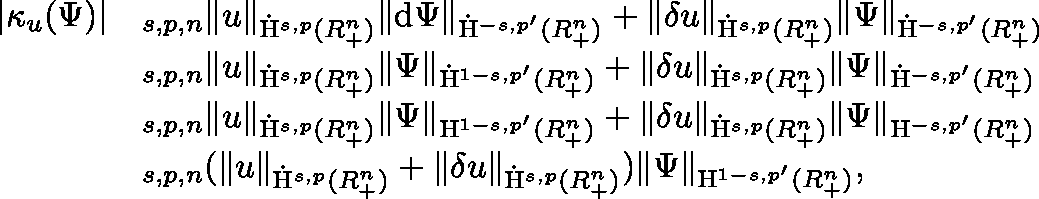
\begin{array} { r l } { \lvert \kappa _ { u } ( \Psi ) \rvert } & { \lesssim _ { s , p , n } \lVert u \rVert _ { \dot { \mathrm { H } } ^ { s , p } ( \mathbb { R } _ { + } ^ { n } ) } \lVert \mathrm { d } \Psi \rVert _ { \dot { \mathrm { H } } ^ { - s , p ^ { \prime } } ( \mathbb { R } _ { + } ^ { n } ) } + \lVert \mathbf { \delta } u \rVert _ { \dot { \mathrm { H } } ^ { s , p } ( \mathbb { R } _ { + } ^ { n } ) } \lVert \Psi \rVert _ { \dot { \mathrm { H } } ^ { - s , p ^ { \prime } } ( \mathbb { R } _ { + } ^ { n } ) } } \\ & { \lesssim _ { s , p , n } \lVert u \rVert _ { \dot { \mathrm { H } } ^ { s , p } ( \mathbb { R } _ { + } ^ { n } ) } \lVert \Psi \rVert _ { \dot { \mathrm { H } } ^ { 1 - s , p ^ { \prime } } ( \mathbb { R } _ { + } ^ { n } ) } + \lVert \mathbf { \delta } u \rVert _ { \dot { \mathrm { H } } ^ { s , p } ( \mathbb { R } _ { + } ^ { n } ) } \lVert \Psi \rVert _ { \dot { \mathrm { H } } ^ { - s , p ^ { \prime } } ( \mathbb { R } _ { + } ^ { n } ) } } \\ & { \lesssim _ { s , p , n } \lVert u \rVert _ { \dot { \mathrm { H } } ^ { s , p } ( \mathbb { R } _ { + } ^ { n } ) } \lVert \Psi \rVert _ { { \mathrm { H } } ^ { 1 - s , p ^ { \prime } } ( \mathbb { R } _ { + } ^ { n } ) } + \lVert \mathbf { \delta } u \rVert _ { \dot { \mathrm { H } } ^ { s , p } ( \mathbb { R } _ { + } ^ { n } ) } \lVert \Psi \rVert _ { { \mathrm { H } } ^ { - s , p ^ { \prime } } ( \mathbb { R } _ { + } ^ { n } ) } } \\ & { \lesssim _ { s , p , n } ( \lVert u \rVert _ { \dot { \mathrm { H } } ^ { s , p } ( \mathbb { R } _ { + } ^ { n } ) } + \lVert \mathbf { \delta } u \rVert _ { \dot { \mathrm { H } } ^ { s , p } ( \mathbb { R } _ { + } ^ { n } ) } ) \lVert \Psi \rVert _ { { \mathrm { H } } ^ { 1 - s , p ^ { \prime } } ( \mathbb { R } _ { + } ^ { n } ) } \mathrm { , ~ } } \end{array}